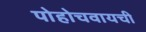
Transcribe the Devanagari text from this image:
पोहोचवायची